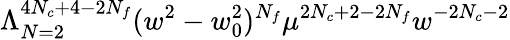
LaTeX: \Lambda_{N=2}^{4N_{c}+4-2N_{f}}(w^{2}-w_{0}^{2})^{N_{f}}\mu^{2N_{c}+2-2N_{f}}w^{-2N_{c}-2}